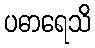
ပဓာရေသိ